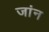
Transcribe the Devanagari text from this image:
जांन